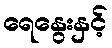
ရေနွေးနှင့်